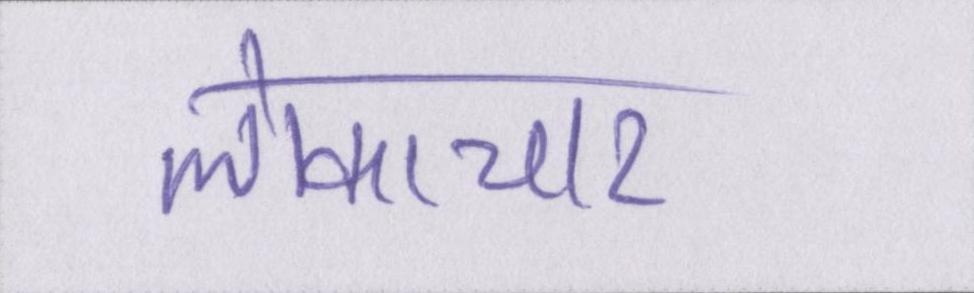
लोकाचार